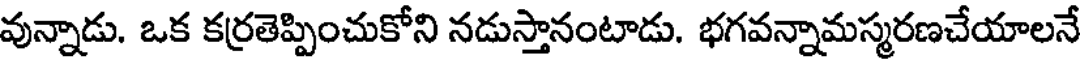
వున్నాడు. ఒక కర్రతెప్పించుకోని నడుస్తానంటాడు. భగవన్నామస్మరణచేయాలనే